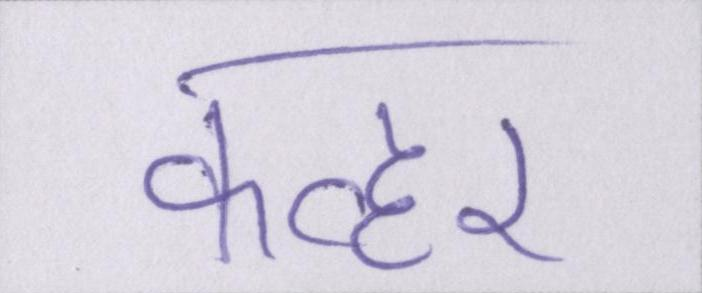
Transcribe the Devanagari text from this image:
कव्हर